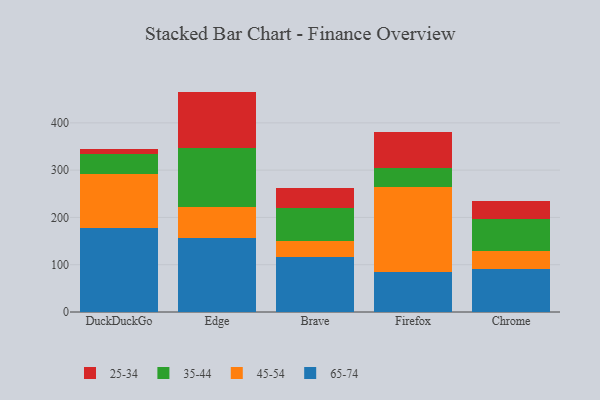
{"axis": {"x": "Browser", "y": "Energy Usage (MWh)"}, "legend": ["25-34", "35-44", "45-54", "65-74"], "data": [{"x": "DuckDuckGo", "y": 176.7, "type": "65-74"}, {"x": "DuckDuckGo", "y": 114.7, "type": "45-54"}, {"x": "DuckDuckGo", "y": 42.6, "type": "35-44"}, {"x": "DuckDuckGo", "y": 10.8, "type": "25-34"}, {"x": "Edge", "y": 156.9, "type": "65-74"}, {"x": "Edge", "y": 65.4, "type": "45-54"}, {"x": "Edge", "y": 123.9, "type": "35-44"}, {"x": "Edge", "y": 119.9, "type": "25-34"}, {"x": "Brave", "y": 116.9, "type": "65-74"}, {"x": "Brave", "y": 33.0, "type": "45-54"}, {"x": "Brave", "y": 69.8, "type": "35-44"}, {"x": "Brave", "y": 41.8, "type": "25-34"}, {"x": "Firefox", "y": 84.9, "type": "65-74"}, {"x": "Firefox", "y": 179.6, "type": "45-54"}, {"x": "Firefox", "y": 40.1, "type": "35-44"}, {"x": "Firefox", "y": 76.6, "type": "25-34"}, {"x": "Chrome", "y": 91.9, "type": "65-74"}, {"x": "Chrome", "y": 37.5, "type": "45-54"}, {"x": "Chrome", "y": 67.1, "type": "35-44"}, {"x": "Chrome", "y": 37.5, "type": "25-34"}]}